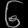
Digit: ၆